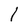
Character: l